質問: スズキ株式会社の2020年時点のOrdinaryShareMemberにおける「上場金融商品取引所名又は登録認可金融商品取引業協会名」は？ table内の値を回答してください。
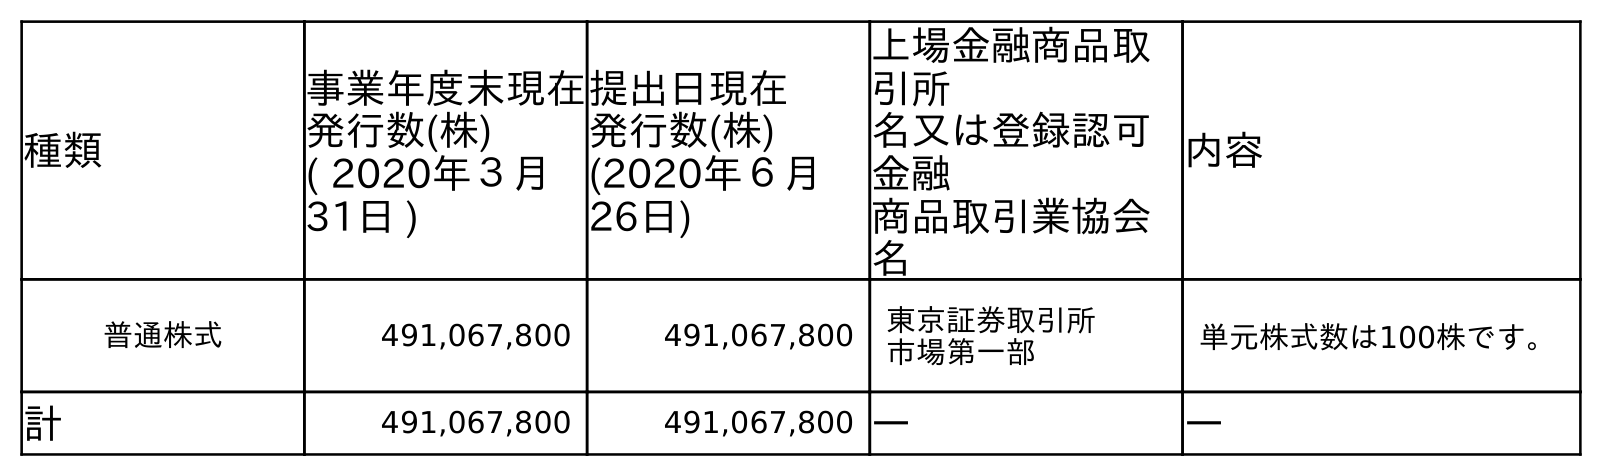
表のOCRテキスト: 種類 事業年度末現在 発行数(株) ( 2020年３月 31日 ) 提出日現在 発行数(株) (2020年６月 26日) 上場金融商品取 引所 名又は登録認可 金融 商品取引業協会 名 内容 普通株式 491,067,800 491,067,800 東京証券取引所 市場第一部 単元株式数は100株です。 計 491,067,800 491,067,800 ― ―
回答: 東京証券取引所市場第一部